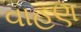
વાહણ